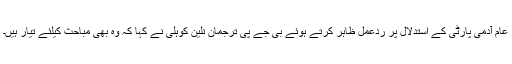
عام آدمی پارٹی کے استدلال پر ردعمل ظاہر کرتے ہوئے بی جے پی ترجمان نلین کوہلی نے کہا کہ وہ بھی مباحث کیلئے تیار ہیں۔